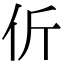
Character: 伒